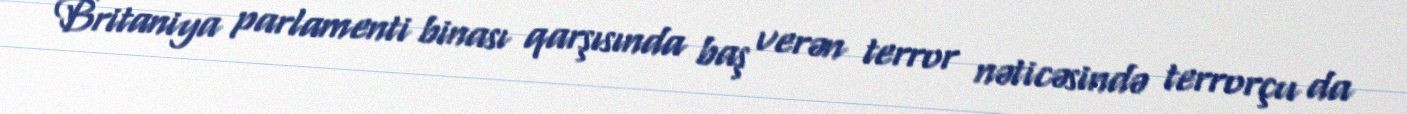
Britaniya parlamenti binası qarşısında baş verən terror nəticəsində terrorçu da